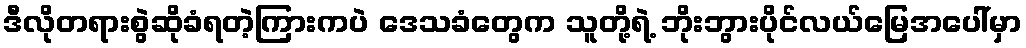
ဒီလိုတရားစွဲဆိုခံရတဲ့ကြားကပဲ ဒေသခံတွေက သူတို့ရဲ့ ဘိုးဘွားပိုင်လယ်မြေအပေါ်မှာ